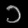
Digit: ၁